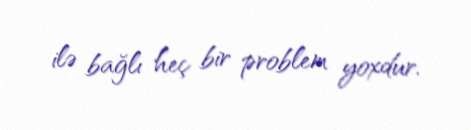
ilə bağlı heç bir problem yoxdur.